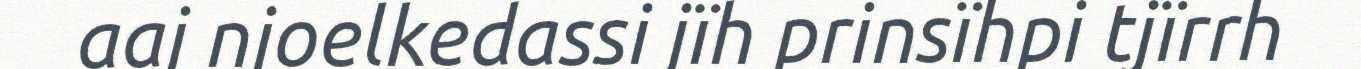
aaj njoelkedassi jïh prinsïhpi tjïrrh